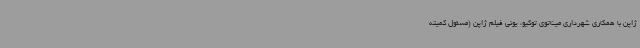
ژاپن با همکاری شهرداری میناتوی توکیو، یونی فیلم ژاپن (مسئول کمیته